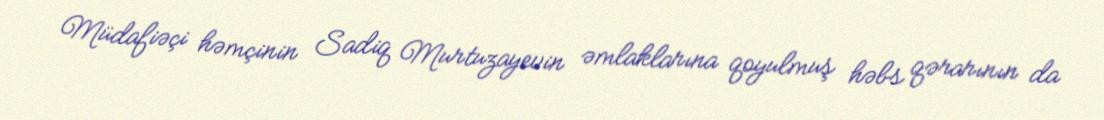
Müdafiəçi həmçinin Sadiq Murtuzayevin əmlaklarına qoyulmuş həbs qərarının da